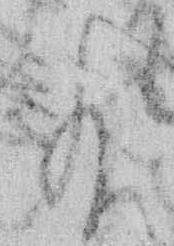
給